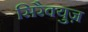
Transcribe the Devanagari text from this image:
सिरैक्युज़